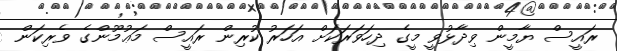
ރައީސް ޔާމީން ވިދާޅުވީ މީގެ ދިހަވަރަކަށް އަހަރު ކުރިން ރައީސް މަޢުމޫންގެ ވެރިކަން